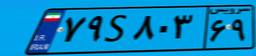
۲۴S۱۷۰۰۰